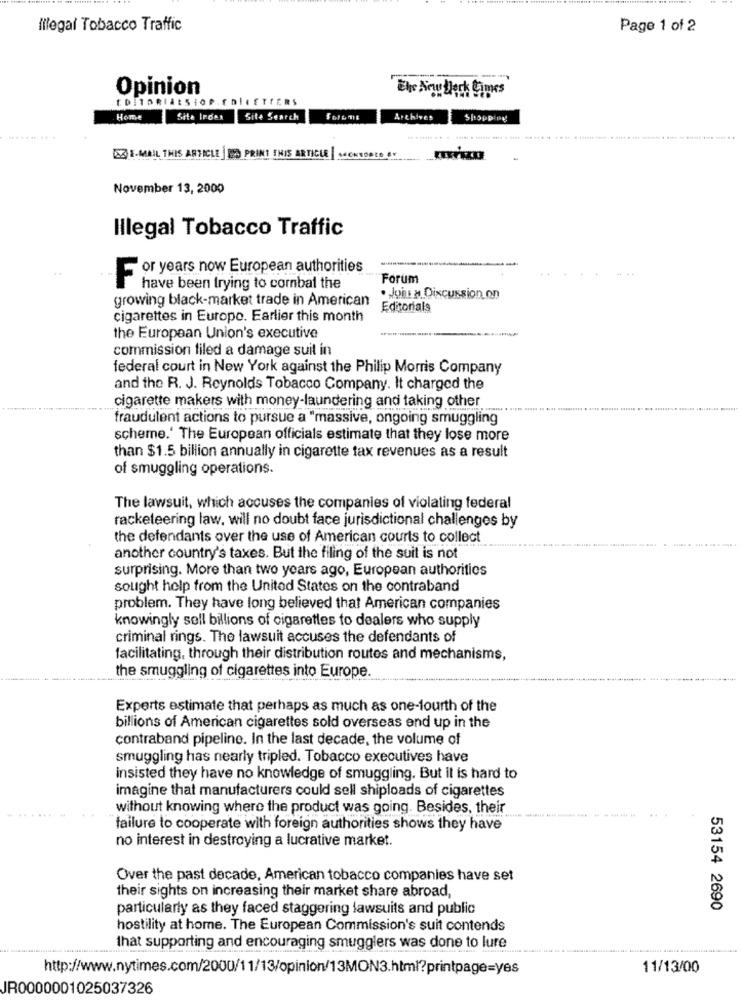
Illegal Tobacco Traffic
Page 1 of 2
Opinion
Ehe Any Dark Times
Home
Site Indas Site Search
Archives
Shopping
E-MAIL THIS ARTICLE PRINT THIS ARTICLE WECKTORIO IN
-
November 13, 2000
Illegal Tobacco Traffic
or years now European authorities
F
Forum
have been trying to combat the
growing black-market trade in American
. Join # Discussion on
Editorials
cigarettes in Europe. Earlier this month
the European Union's executive
commission filed a damage suit in
federal court in New York against the Philip Morris Company
and the R. J. Reynolds Tobacco Company. It charged the
cigarette makers with money-laundering and taking other
fraudulent actions to pursue a "massive, ongoing smuggling
scheme.' The European officials estimate that they lose more
than $1.5 billion annually in cigarette tax revenues as a result
of smuggling operations.
The lawsuit, which accuses the companies of violating federal
racketeering law. will no doubt face jurisdictional challenges by
the defendants over the use of American courts to collect
.. ............
another country's taxes. But the filing of the suit is not
surprising. More than two years ago, European authorities
sought help from the United States on the contraband
problem. They have long believed that American companies
knowingly sell billions of cigarettes to dealers who supply
criminal rings. The lawsuit accuses the defendants of
facilitating, through their distribution routes and mechanisms,
the smuggling of cigarettes into Europe.
Experts estimate that perhaps as much as one-fourth of the
billions of American cigarettes sold overseas end up in the
contraband pipeline. In the last decade, the volume of
smuggling has nearly tripled. Tobacco executives have
insisted they have no knowledge of smuggling. But il is hard to
imagine that manufacturers could sell shiploads of cigarettes
without knowing where the product was going. Besides, their
failure to cooperate with foreign authorities shows they have
no interest in destroying a lucrative market.
Over the past decade, American tobacco companies have set
their sights on increasing their market share abroad,
particularly as they faced staggering lawsuits and public
53154 2690
hostility at home. The European Commission's suit contends
that supporting and encouraging smugglers was done to lure
http://www.nytimes.com/2000/11/13/opinion/13MON3.html?printpage=yes
11/13/00
JR0000001025037326